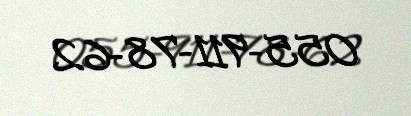
055-911-78-62